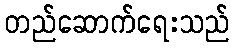
တည်ဆောက်ရေးသည်